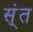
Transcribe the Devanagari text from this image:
स्ंत